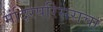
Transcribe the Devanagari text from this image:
मंदिरपरिसराचा